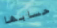
حسابها